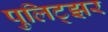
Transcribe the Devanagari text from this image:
पुलिट्झर